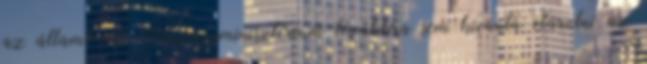
az állam? A Pénzügyminisztérium továbbra sem kívánta elárulni az